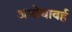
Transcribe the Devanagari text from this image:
अमोघावर्ह